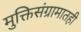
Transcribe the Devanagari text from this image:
मुक्तिसंग्रामातही